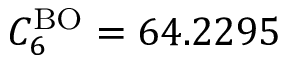
C _ { 6 } ^ { \mathrm { B O } } = 6 4 . 2 2 9 5